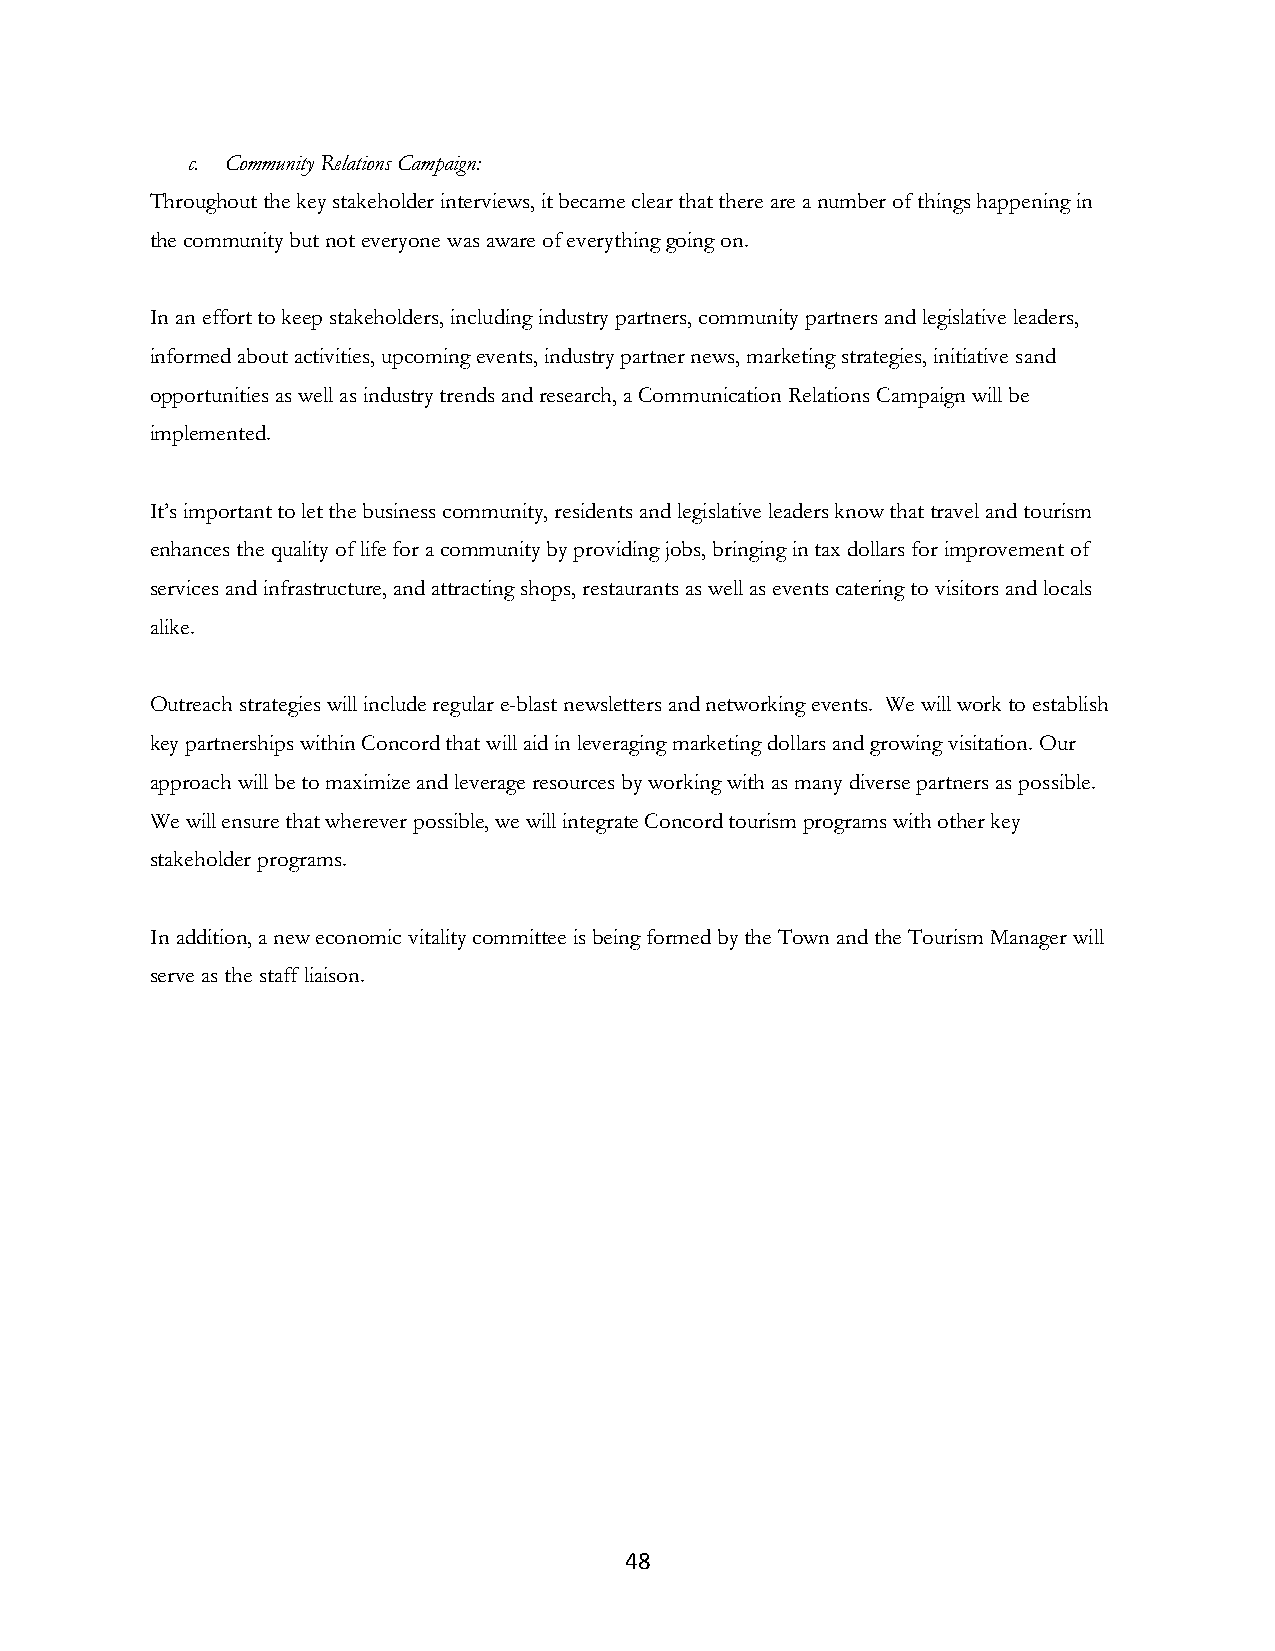
c. Community Relations Campaign:
 Throughout the key stakeholder interviews, it became clear that there are a number of things happening in
 the community but not everyone was aware of everything going on.
 In an effort to keep stakeholders, including industry partners, community partners and legislative leaders,
 informed about activities, upcoming events, industry partner news, marketing strategies, initiative sand
 opportunities as well as industry trends and research, a Communication Relations Campaign will be
 implemented.
 It’s important to let the business community, residents and legislative leaders know that travel and tourism
 enhances the quality of life for a community by providing jobs, bringing in tax dollars for improvement of
 services and infrastructure, and attracting shops, restaurants as well as events catering to visitors and locals
 alike.
 Outreach strategies will include regular e-blast newsletters and networking events. We will work to establish
 key partnerships within Concord that will aid in leveraging marketing dollars and growing visitation. Our
 approach will be to maximize and leverage resources by working with as many diverse partners as possible.
 We will ensure that wherever possible, we will integrate Concord tourism programs with other key
 stakeholder programs.
 In addition, a new economic vitality committee is being formed by the Town and the Tourism Manager will
 serve as the staff liaison.
 48